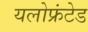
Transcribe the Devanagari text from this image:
यलोफ्रंटेड